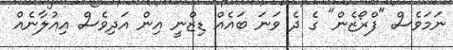
ނަމަވެސް "ފްރޯޒެން" ގެ ދެ ވަނަ ބައެއް ޑިޒްނީ އިން އަދިވެސް އިއުލާނެއް